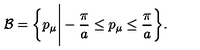
{ \cal B } = \biggl \{ p _ { \mu } \Bigg | - { \displaystyle \frac { \pi } { a } } \le p _ { \mu } \le { \displaystyle \frac { \pi } { a } } \biggr \} .